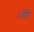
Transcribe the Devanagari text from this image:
भाँंति